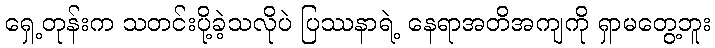
ရှေ့တုန်းက သတင်းပို့ခဲ့သလိုပဲ ပြဿနာရဲ့ နေရာအတိအကျကို ရှာမတွေ့ဘူး